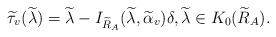
LaTeX: \begin{align*}\widetilde{\tau}_{v}(\widetilde{\lambda})=\widetilde{\lambda}-I_{\widetilde{R}_A}(\widetilde{\lambda}, \widetilde{\alpha}_v)\delta,\widetilde{\lambda}\in K_0(\widetilde{R}_A).\end{align*}